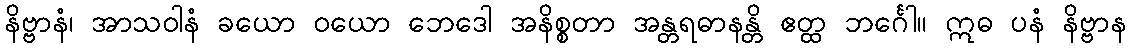
နိဗ္ဗာနံ၊ အာသဝါနံ ခယော ဝယော ဘေဒေါ အနိစ္စတာ အန္တရဓာနန္တိ ဧတ္ထ ဘင်္ဂေါ။ ဣဓ ပနံ နိဗ္ဗာန